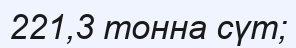
221,3 тонна сүт;